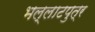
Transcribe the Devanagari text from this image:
भल्लाटपुत्र